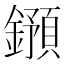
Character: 𨮌